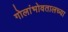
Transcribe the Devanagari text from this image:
गोलांभोवतालच्या